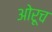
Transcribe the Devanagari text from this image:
ओरूच